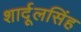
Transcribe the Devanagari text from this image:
शार्दूलसिंह